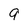
Character: 9